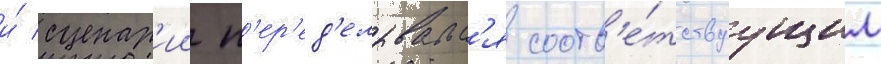
и́ сценар'ии п'ер'ед'елывалс'я соотв'е́тствуущим